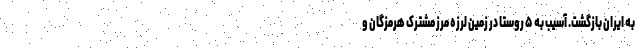
به ایران بازگشت. آسیب به ۵ روستا در زمین لرزه مرز مشترک هرمزگان و